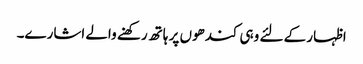
اظہار کے لئے وہی کندھوں پر ہاتھ رکھنے والے اشارے۔